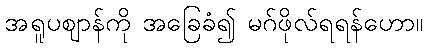
အရူပဈာန်ကို အခြေခံ၍ မဂ်ဖိုလ်ရရန်ဟော။